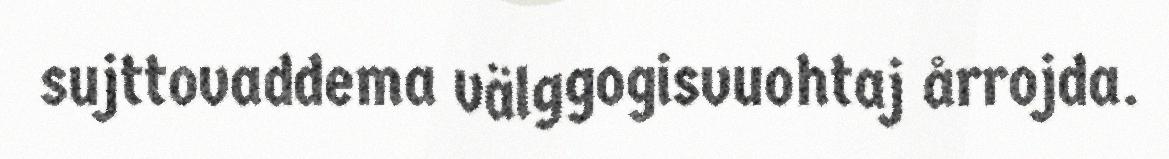
sujttovaddema välggogisvuohtaj årrojda.